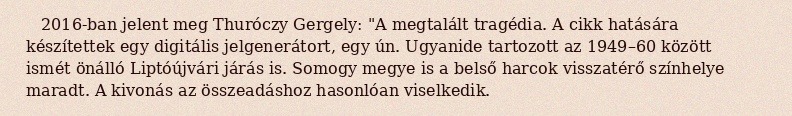
2016-ban jelent meg Thuróczy Gergely: "A megtalált tragédia. A cikk hatására készítettek egy digitális jelgenerátort, egy ún. Ugyanide tartozott az 1949–60 között ismét önálló Liptóújvári járás is. Somogy megye is a belső harcok visszatérő színhelye maradt. A kivonás az összeadáshoz hasonlóan viselkedik.